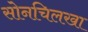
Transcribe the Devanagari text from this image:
सोनचिलखा